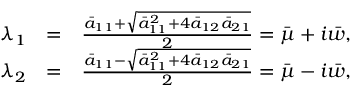
\begin{array} { r l r } { \lambda _ { 1 } } & { = } & { \frac { \bar { a } _ { 1 1 } + \sqrt { \bar { a } _ { 1 1 } ^ { 2 } + 4 \bar { a } _ { 1 2 } \bar { a } _ { 2 1 } } } { 2 } = \bar { \mu } + i \bar { w } , } \\ { \lambda _ { 2 } } & { = } & { \frac { \bar { a } _ { 1 1 } - \sqrt { \bar { a } _ { 1 1 } ^ { 2 } + 4 \bar { a } _ { 1 2 } \bar { a } _ { 2 1 } } } { 2 } = \bar { \mu } - i \bar { w } , } \end{array}